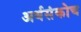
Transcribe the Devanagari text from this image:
अर्थसंकोच